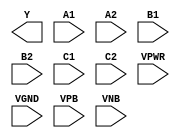
module sky130_fd_sc_hdll__a222oi (
    Y   ,
    A1  ,
    A2  ,
    B1  ,
    B2  ,
    C1  ,
    C2  ,
    VPWR,
    VGND,
    VPB ,
    VNB
);

    output Y   ;
    input  A1  ;
    input  A2  ;
    input  B1  ;
    input  B2  ;
    input  C1  ;
    input  C2  ;
    input  VPWR;
    input  VGND;
    input  VPB ;
    input  VNB ;
endmodule